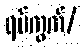
ရပ်ကွက်/